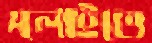
পলাইতে